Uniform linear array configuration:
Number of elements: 4
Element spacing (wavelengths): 1
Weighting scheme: hann
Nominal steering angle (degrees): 60
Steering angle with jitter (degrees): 61.417
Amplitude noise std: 0.05
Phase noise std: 0.05

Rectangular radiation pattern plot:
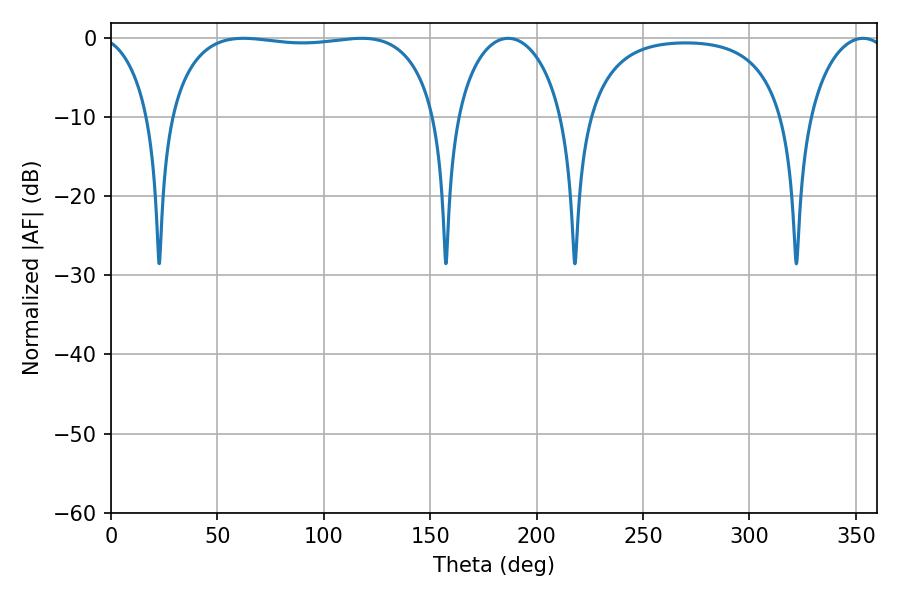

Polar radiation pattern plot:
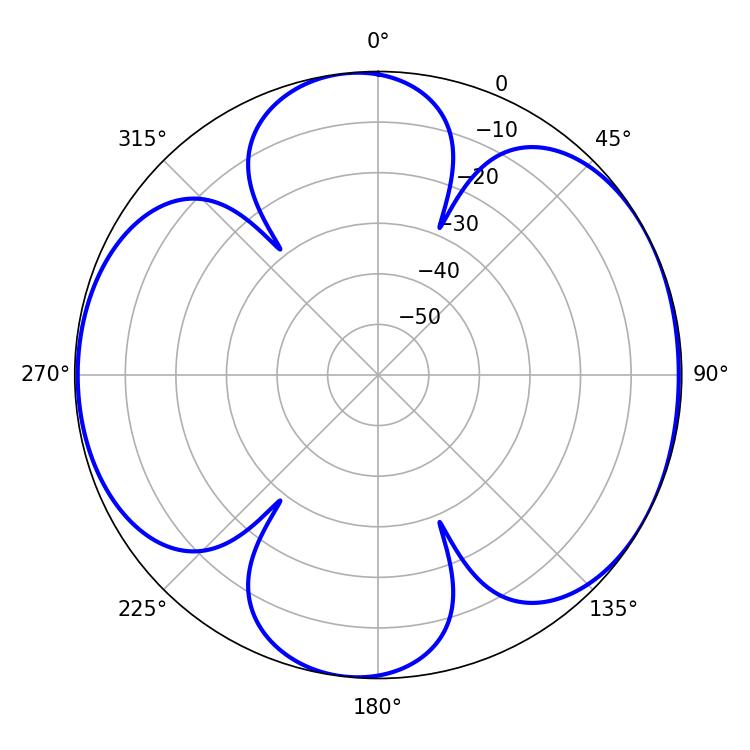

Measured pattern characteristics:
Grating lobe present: TRUE
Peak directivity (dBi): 6.565
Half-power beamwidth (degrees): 101.16
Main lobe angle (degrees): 62.28